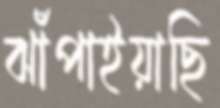
ঝাঁপাইয়াছি